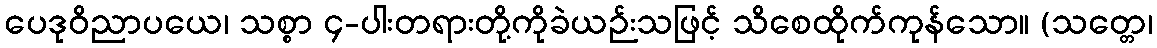
ပေဒုဝိညာပယေ၊ သစ္စာ ၄-ပါးတရားတို့ကိုခဲယဉ်းသဖြင့် သိစေထိုက်ကုန်သော။ (သတ္တေ၊